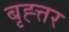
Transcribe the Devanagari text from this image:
बृह्त्तर